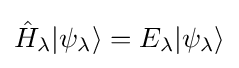
{\hat {H}}_{\lambda }|\psi _{\lambda }\rangle =E_{\lambda }|\psi _{\lambda }\rangle